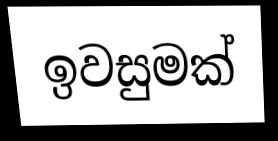
ඉවසුමක්